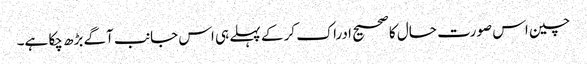
چین اس صورت حال کا صحیح ادراک کر کے پہلے ہی اس جانب آگے بڑھ چکا ہے۔